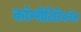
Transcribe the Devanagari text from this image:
कॉम्पीटिटिवनेस